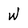
Character: W